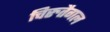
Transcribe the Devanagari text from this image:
चिरुतैगल